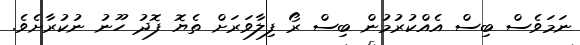
ނަމަވެސް ބިސް އެއްކުރުމުން ބިސް ރޯ ފިލާވަރަށް ތެޔޮ ފޮދު ހޫނު ނުކުރާށެވެ.